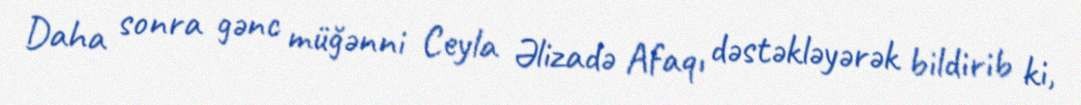
Daha sonra gənc müğənni Ceyla Əlizadə Afaqı dəstəkləyərək bildirib ki,